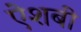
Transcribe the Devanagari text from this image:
ऐशबी